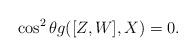
LaTeX: \begin{align*} \cos^2\theta g([Z,W],X)=0. \end{align*}